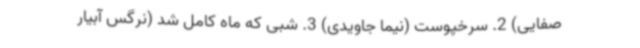
صفایی) 2. سرخپوست (نیما جاویدی) 3. شبی که ماه کامل شد (نرگس آبیار